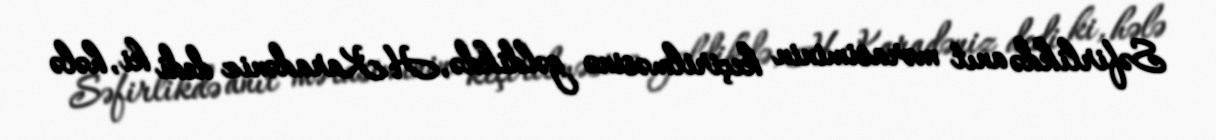
Səfirlikdə anıt mərasiminin keçirilməsinə gəldikdə, H.Karadəniz dedi ki, hələ